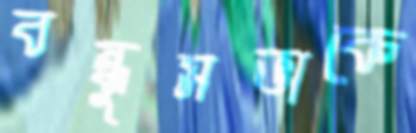
বন্ধুসভাকে